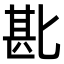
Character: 𫧈